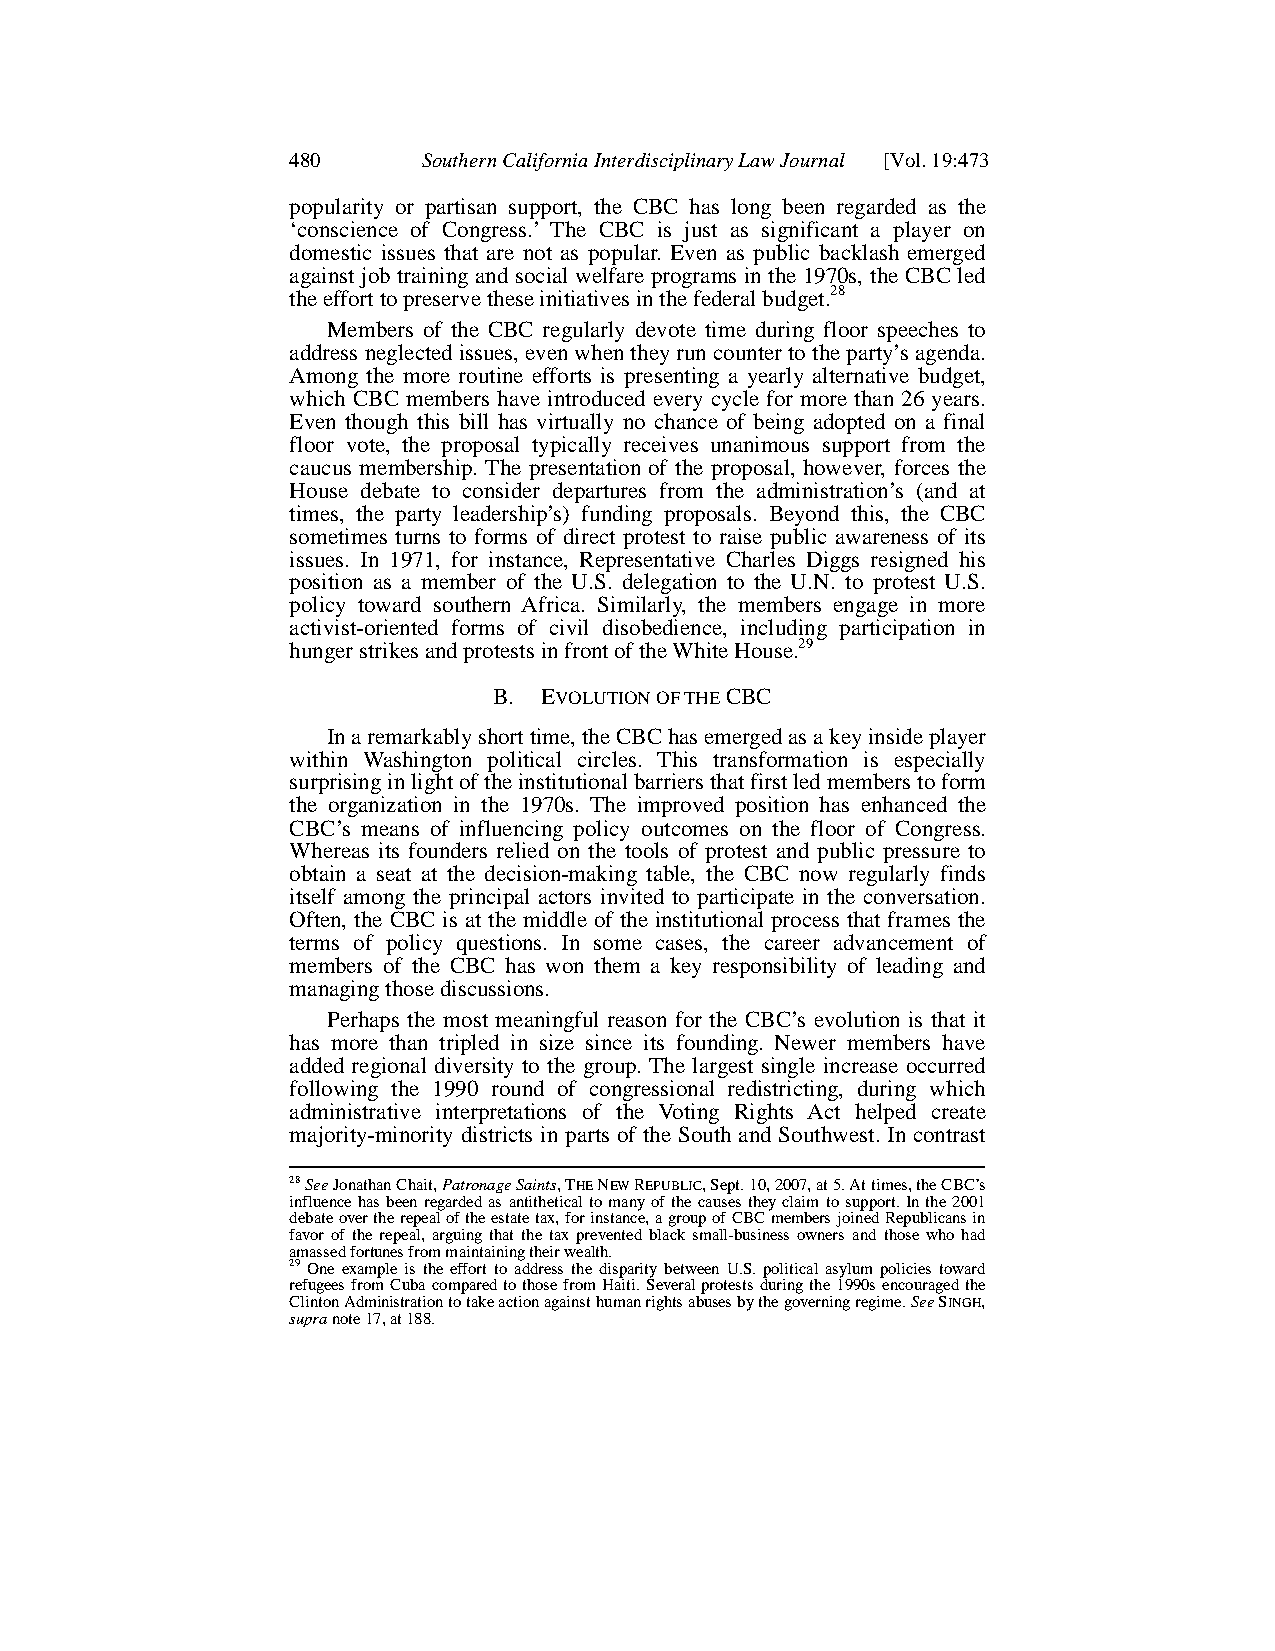
480      Southern California Interdisciplinary Law Journal [Vol. 19:473
 popularity or partisan support, the CBC has long been regarded as the
 ‘conscience of Congress.’ The CBC is just as significant a player on
 domestic issues that are not as popular. Even as public backlash emerged
 against job training and social welfare programs in the 1970s, the CBC led
 the effort to preserve these initiatives in the federal budget.28
 Members of the CBC regularly devote time during floor speeches to
 address neglected issues, even when they run counter to the party’s agenda.
 Among the more routine efforts is presenting a yearly alternative budget,
 which CBC members have introduced every cycle for more than 26 years.
 Even though this bill has virtually no chance of being adopted on a final
 floor vote, the proposal typically receives unanimous support from the
 caucus membership. The presentation of the proposal, however, forces the
 House debate to consider departures from the administration’s (and at
 times, the party leadership’s) funding proposals. Beyond this, the CBC
 sometimes turns to forms of direct protest to raise public awareness of its
 issues. In 1971, for instance, Representative Charles Diggs resigned his
 position as a member of the U.S. delegation to the U.N. to protest U.S.
 policy toward southern Africa. Similarly, the members engage in more
 activist-oriented forms of civil disobedience, including participation in
 hunger strikes and protests in front of the White House.29
 B. EVOLUTION OF THE CBC
 In a remarkably short time, the CBC has emerged as a key inside player
 within Washington political circles. This transformation is especially
 surprising in light of the institutional barriers that first led members to form
 the organization in the 1970s. The improved position has enhanced the
 CBC’s means of influencing policy outcomes on the floor of Congress.
 Whereas its founders relied on the tools of protest and public pressure to
 obtain a seat at the decision-making table, the CBC now regularly finds
 itself among the principal actors invited to participate in the conversation.
 Often, the CBC is at the middle of the institutional process that frames the
 terms of policy questions. In some cases, the career advancement of
 members of the CBC has won them a key responsibility of leading and
 managing those discussions.
 Perhaps the most meaningful reason for the CBC’s evolution is that it
 has more than tripled in size since its founding. Newer members have
 added regional diversity to the group. The largest single increase occurred
 following the 1990 round of congressional redistricting, during which
 administrative interpretations of the Voting Rights Act helped create
 majority-minority districts in parts of the South and Southwest. In contrast
 28SeeJonathan Chait, Patronage Saints, THE NEW REPUBLIC, Sept. 10, 2007, at 5. At times, the CBC’s
 influence has been regarded as antithetical to many of the causes they claim to support. In the 2001
 debate over the repeal of the estate tax, for instance, a group of CBC members joined Republicans in
 favor of the repeal, arguing that the tax prevented black small-business owners and those who had
 amassed fortunes from maintaining theirwealth.
 29 One example is the effort to address the disparity between U.S. political asylum policies toward
 refugees from Cuba compared to those from Haiti. Several protests during the 1990s encouraged the
 Clinton Administration to take action against human rights abuses by the governing regime. See SINGH,
 supranote 17, at 188.